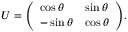
U = { \left( \begin{array} { l l } { \cos \theta } & { \sin \theta } \\ { - \sin \theta } & { \cos \theta } \end{array} \right) } .